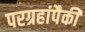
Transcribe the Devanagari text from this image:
परग्रहांपैकी